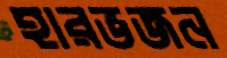
হারভজন